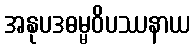
အနုပဒဓမ္မဝိပဿနာယ